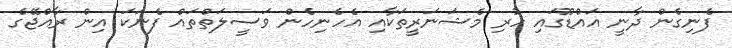
ފެނިގެން ދާނީ އައްޑޫގައި ހުރި މެޝަނަރީތަކާއި އެހެނިހެން ވަސީލަތްތައް ފެނަކަ އިން ރާއްޖޭގެ